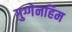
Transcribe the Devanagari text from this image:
गुग्गेनहिम